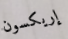
إريكسون